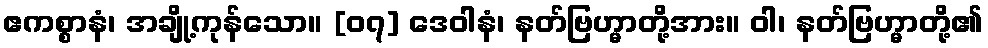
ဧကစ္စာနံ၊ အချို့ကုန်သော။ [၀၇] ဒေဝါနံ၊ နတ်ဗြဟ္မာတို့အား။ ဝါ၊ နတ်ဗြဟ္မာတို့၏